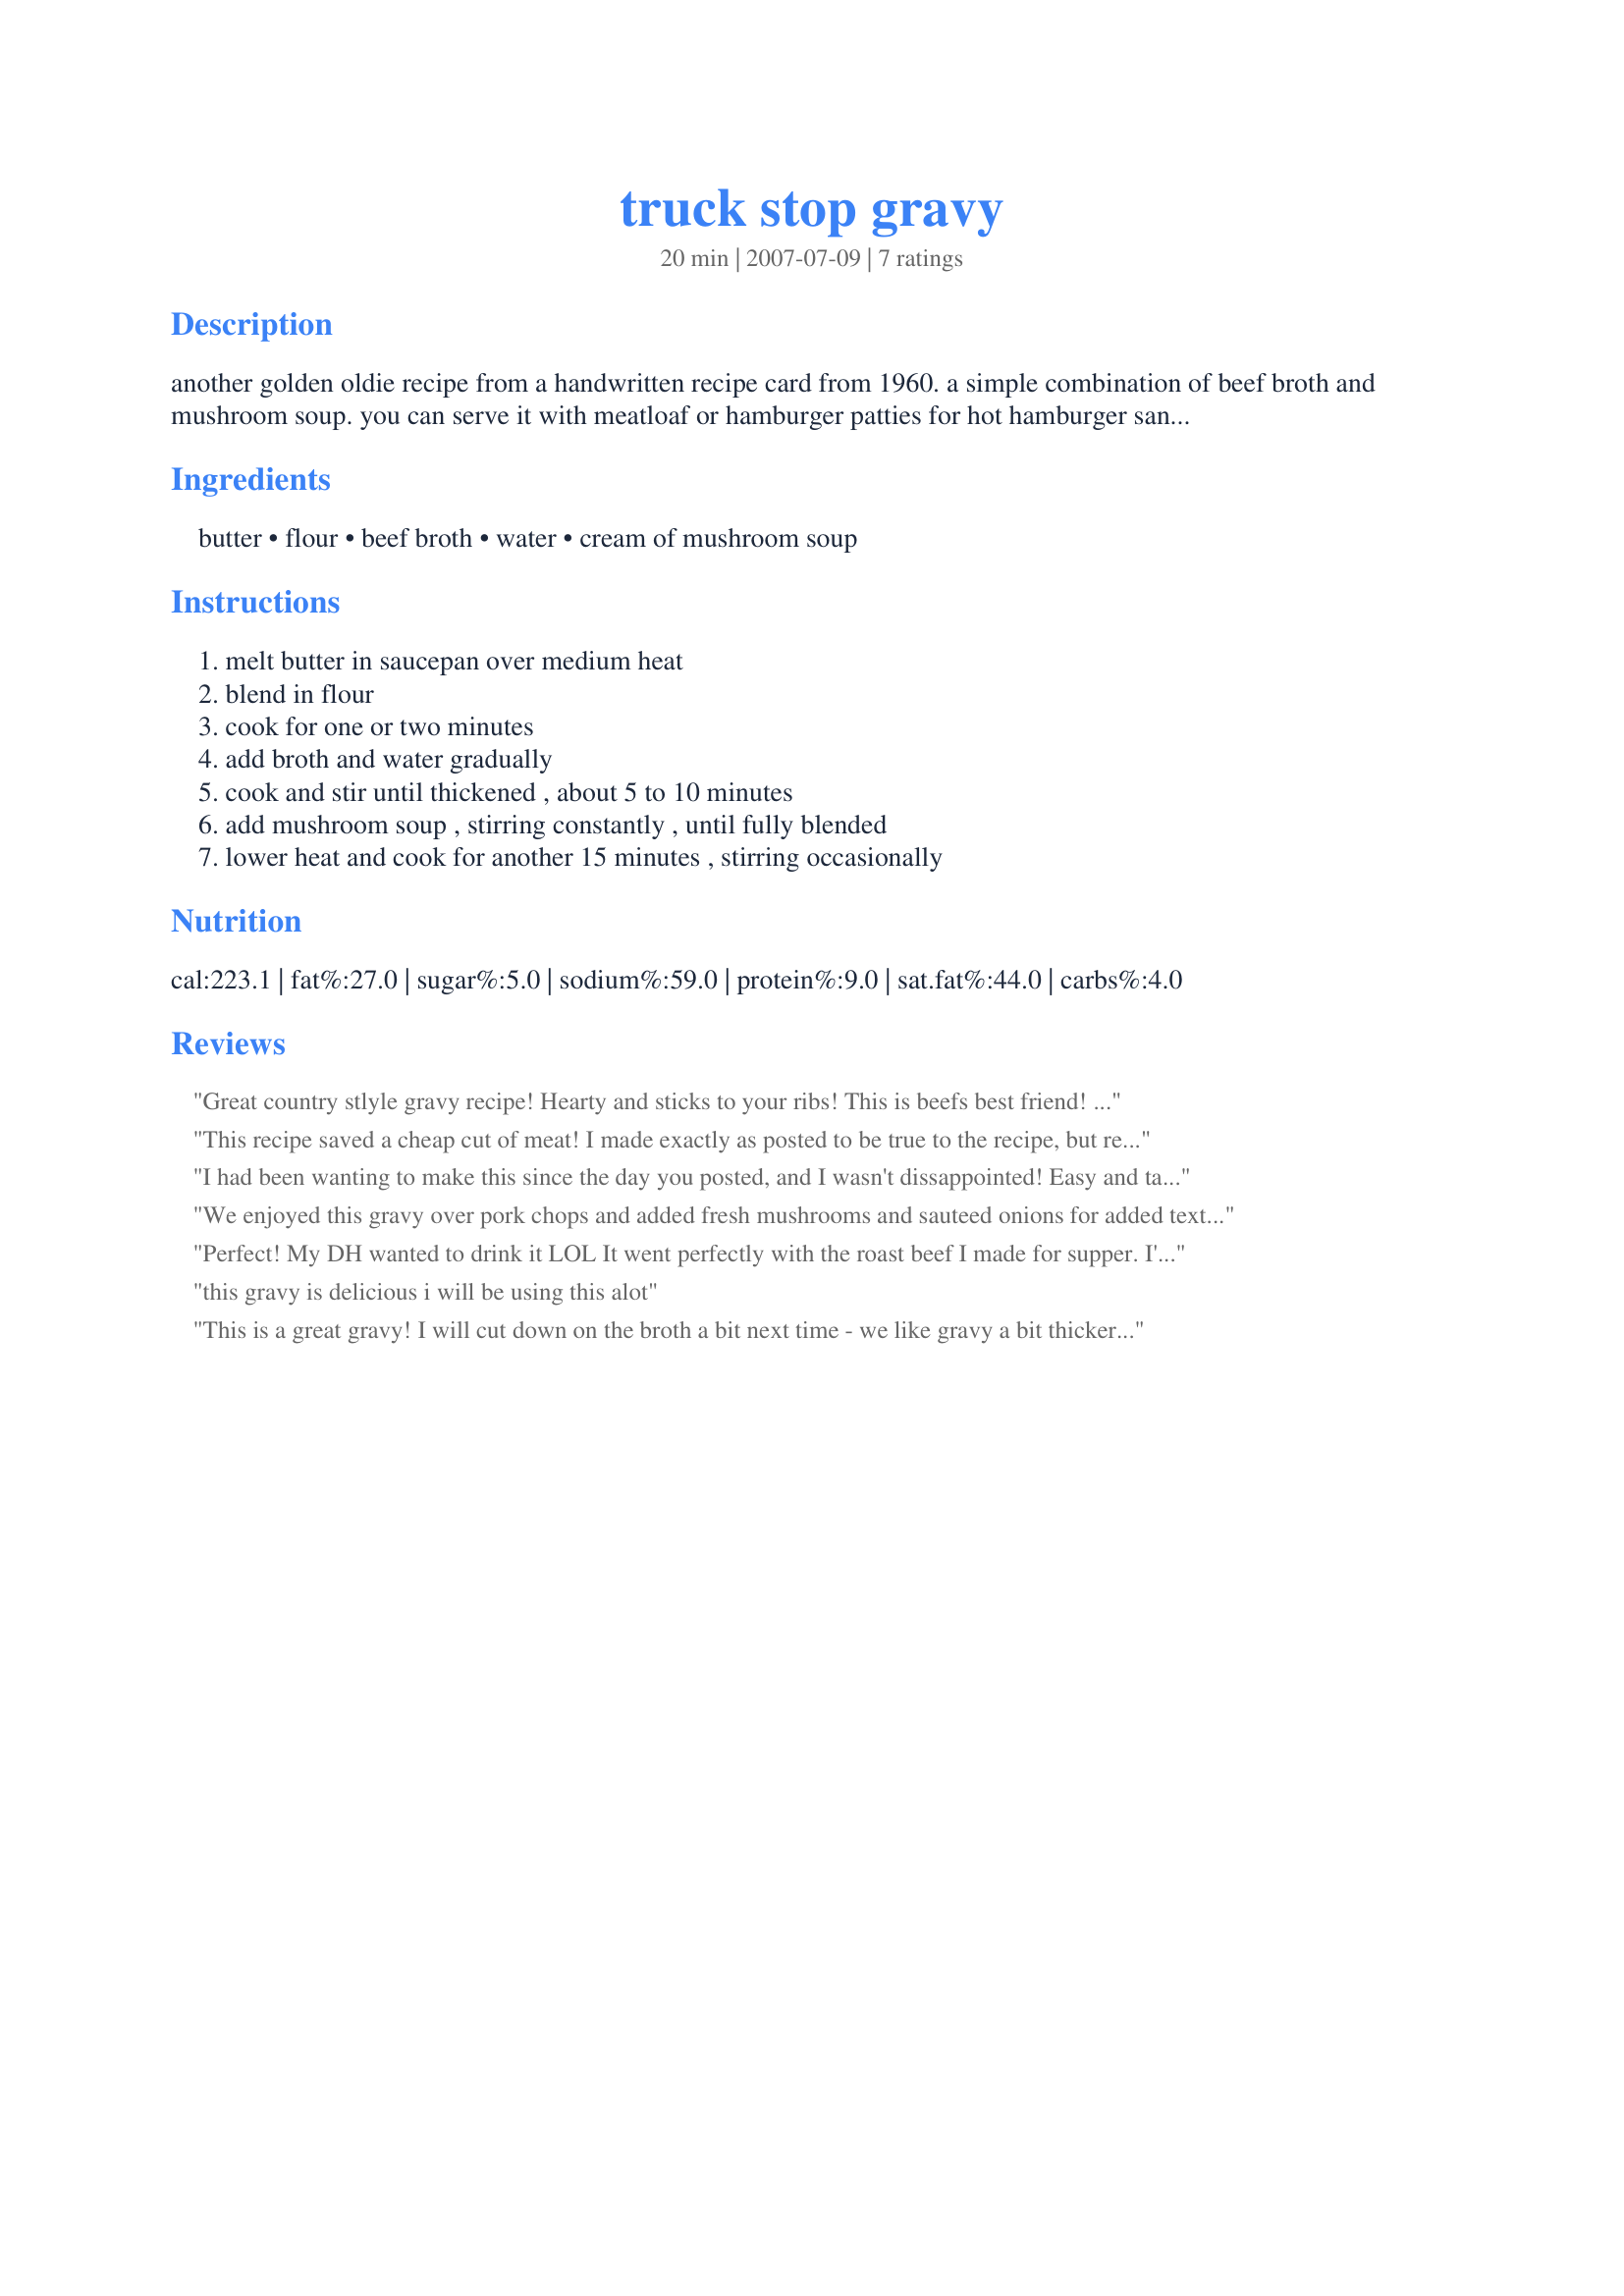
truck stop gravy
Preparation time: 20 minutes

another golden oldie recipe from a handwritten recipe card from 1960. a simple combination of beef broth and mushroom soup. you can serve it with meatloaf or hamburger patties for hot hamburger sandwiches. or just top some french fries for 'chips and gravy'. or use it to make hot beef, hot chicken or turkey sandwiches with leftovers. slice cooked meat, place on a slice of bread, pour gravy on top. add seasonings to taste.

Ingredients:
butter, flour, beef broth, water, cream of mushroom soup

Steps:
melt butter in saucepan over medium heat, blend in flour, cook for one or two minutes, add broth and water gradually, cook and stir until thickened , about 5 to 10 minutes, add mushroom soup , stirring constantly , until fully blended, lower heat and cook for another 15 minutes , stirring occasionally

Reviews:
Great country stlyle gravy recipe! Hearty and sticks to your ribs! This is beefs best friend! Makes a great base gravey which can be tweaked to suit. I made it as written, but added Kitchen Boquet to darken it up. Next time I will try the "fresh onion and/or mushroom treatment", and maybe a splash of marsala or sherry to kick it up a notch - "BAM"! I will also be trying to make this gravy for poultry too, however subsitute chicken broth and cream of chicken soup.
This recipe saved a cheap cut of meat! I made exactly as posted to be true to the recipe, but really wanted to add the mushrooms. As another reviewer suggested, I'd reduce the broth to make the gravy thicker. It was also very light colored.....I've never used a browning agent, but might for this just to help it a bit. I'll also try it with chicken and chicken broth. Enjoyed this easy recipe immensely. Thanks so much for sharing!
I had been wanting to make this since the day you posted, and I wasn't dissappointed! Easy and tasty! Next time I will put some sliced fresh mushrooms in it too. I made this to go over beef patties and it was a delicious meal!
We enjoyed this gravy over pork chops and added fresh mushrooms and sauteed onions for added texture. We also used only 1/2 can of soup as we prefer our beef gravy a bit darker. We used some gravy master also, and minimal spices.
This is a very good gravy and is very simple and easy to prepare. Being proffesional truck drivers, we can honestly say that this is better than any gravy we've had at a truck stop.
Perfect! My DH wanted to drink it LOL It went perfectly with the roast beef I made for supper. I'll be hanging on to this recipe!
this gravy is delicious i will be using this alot
This is a great gravy! I will cut down on the broth a bit next time - we like gravy a bit thicker. This was great on rice with Recipe #330299 and a side of veggies. I like how versatile this recipe is, like others mentioned. You can add any veggies and it would really be good on any meat. Yum! Made for PRMR tag game. Thanks foodtvfan! :)
